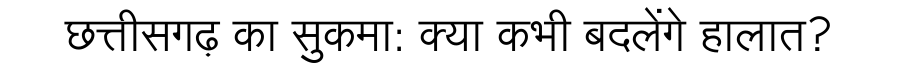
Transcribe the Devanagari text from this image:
छत्तीसगढ़ का सुकमा: क्या कभी बदलेंगे हालात?